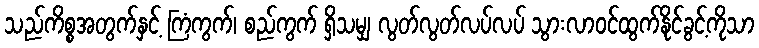
သည်ကိစ္စအတွက်နှင့် ကြံကွက်၊ စည်ကွက် ရှိသမျှ လွတ်လွတ်လပ်လပ် သွားလာဝင်ထွက်နိုင်ခွင့်ကိုသာ